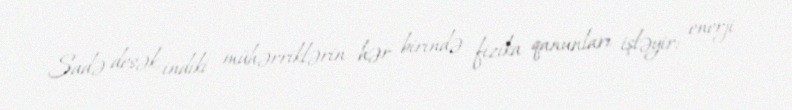
Sadə desək, indiki mühərriklərin hər birində fizika qanunları işləyir: enerji